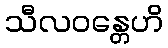
သီလဝန္တေဟိ